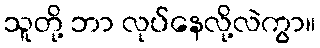
သူတို့ ဘာ လုပ်နေလို့လဲကွာ။